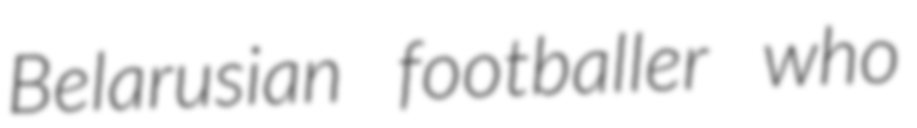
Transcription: Belarusian footballer who